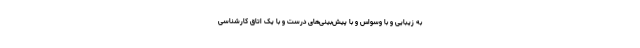
به زیبایی و با وسواس و با پیش‌بینی‌های درست و با یک اتاق کارشناسی